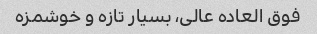
فوق العاده عالی، بسیار تازه و خوشمزه